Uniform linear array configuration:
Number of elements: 24
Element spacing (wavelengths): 0.25
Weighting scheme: hann
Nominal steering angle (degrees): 60
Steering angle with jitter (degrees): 59.349
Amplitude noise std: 0.05
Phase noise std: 0.05

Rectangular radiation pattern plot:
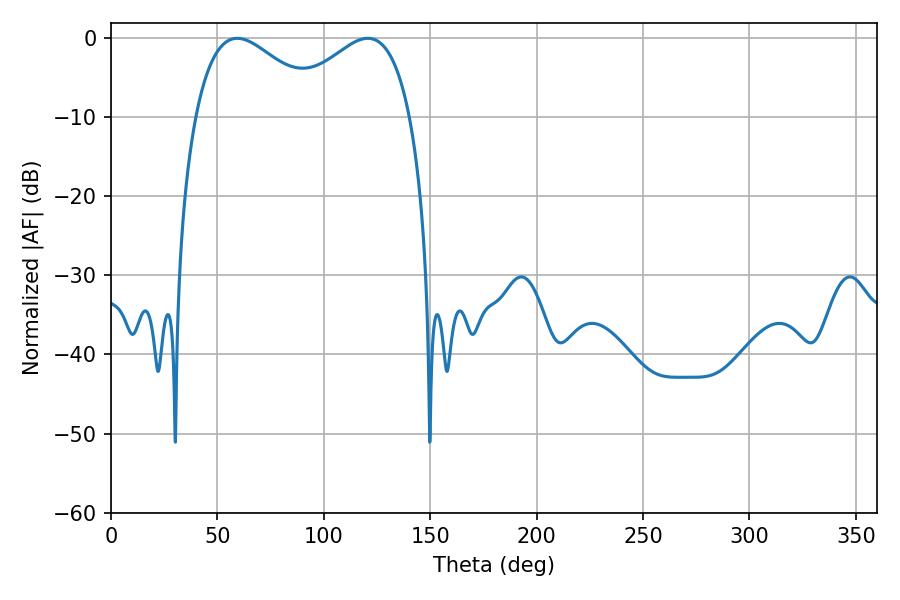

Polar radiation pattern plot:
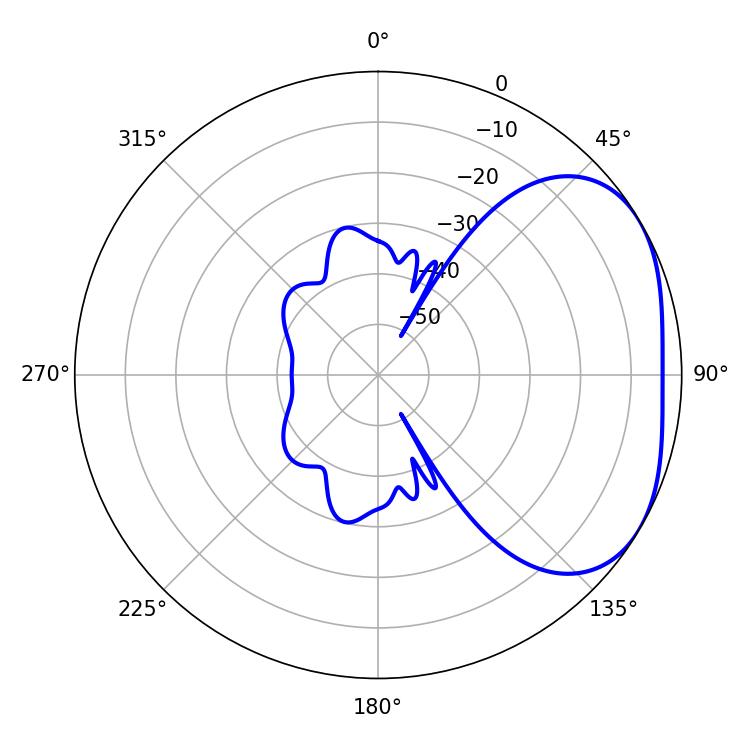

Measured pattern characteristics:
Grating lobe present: FALSE
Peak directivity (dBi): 2.997
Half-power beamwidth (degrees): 32.76
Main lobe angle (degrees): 59.4